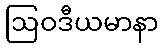
ဩဝဒီယမာနာ